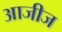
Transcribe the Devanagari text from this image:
आजीज